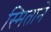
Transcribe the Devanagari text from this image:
स्मिताने